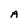
Character: A